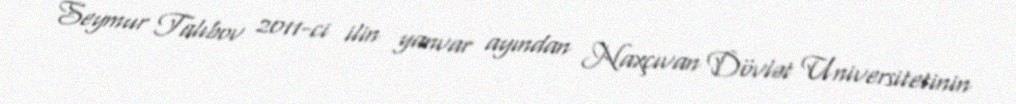
Seymur Talıbov 2011-ci ilin yanvar ayından Naxçıvan Dövlət Universitetinin